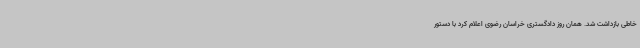
خاطی بازداشت شد. همان روز دادگستری خراسان رضوی اعلام کرد با دستور